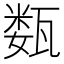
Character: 𰢦